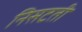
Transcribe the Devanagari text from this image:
निसटती